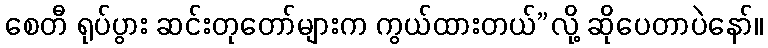
စေတီ ရုပ်ပွား ဆင်းတုတော်များက ကွယ်ထားတယ်”လို့ ဆိုပေတာပဲနော်။